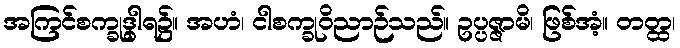
အကြင်စက္ခုဒွါရ၌။ အဟံ၊ ငါစက္ခုဝိညာဉ်သည်။ ဥပ္ပဇ္ဇာမိ၊ ဖြစ်အံ့။ တတ္ထ၊